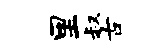
里叔古